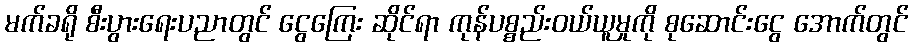
မက်ခရို စီးပွားရေးပညာတွင် ငွေကြေး ဆိုင်ရာ ကုန်ပစ္စည်းဝယ်ယူမှုကို စုဆောင်းငွေ အောက်တွင်